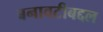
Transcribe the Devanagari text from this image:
बनावटीबद्दल